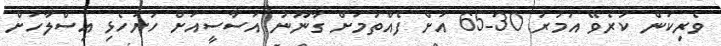
ވެރިކަން ކުރެވޭ އުމުރު 30-65 އަށް ފެއްތުމަށް ގާނޫނު އަސާސީއަށް ހުށަހެޅި އިސްލާހަށް